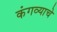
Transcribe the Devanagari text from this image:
कंगव्याचे